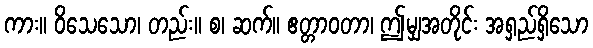
ကား။ ဝိသေသော၊ တည်း။ စ၊ ဆက်။ ဧတ္တာဝတာ၊ ဤမျှအတိုင်း အရှည်ရှိသော